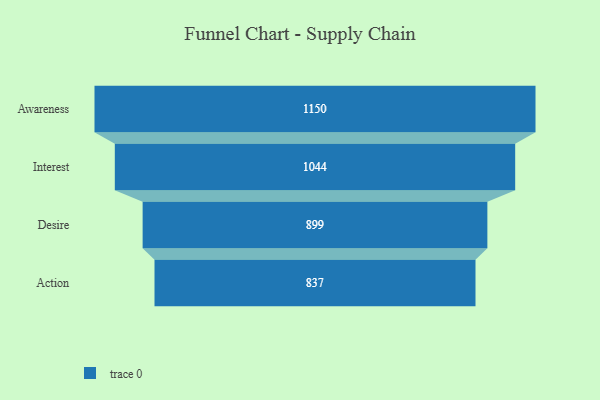
{"axis": {"x": "Stage", "y": "Value"}, "legend": [""], "data": [{"x": "Awareness", "y": 1150.0, "type": ""}, {"x": "Interest", "y": 1044.0, "type": ""}, {"x": "Desire", "y": 899.0, "type": ""}, {"x": "Action", "y": 837.0, "type": ""}]}